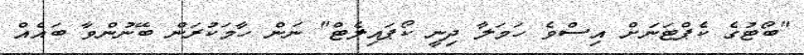
"ބޯޓުގެ ކެޕްޓަނަށް އިސްވެ ހަމަލާ ދިނީ ކޯޕައިލެޓް" ނަން ހާމަކުރަން ބޭނުންވާ ބައެއް